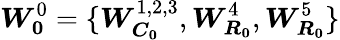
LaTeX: \boldsymbol{W_{0}}^{0}=\{ \boldsymbol{W_{C_{0}}}^{1,2,3},\boldsymbol{W_{R_{0}}}^{4},\boldsymbol{W_{R_{0}}}^{5}\}